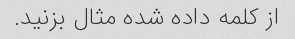
از کلمه داده شده مثال بزنید.